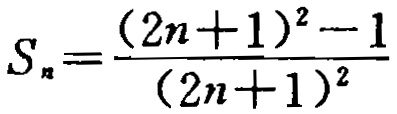
\[S_{n}=\frac{(2n + 1)^{2}-1}{(2n + 1)^{2}}\]